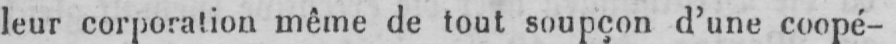
leur corporation même de tout soupçon d’une coopé-